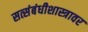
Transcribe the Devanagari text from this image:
सत्संबंधीशास्त्रावर